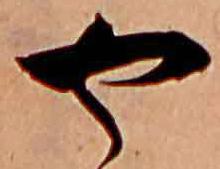
や